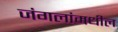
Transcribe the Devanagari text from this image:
जंगलांमधील